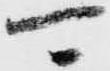
可